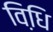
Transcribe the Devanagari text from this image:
विधि़